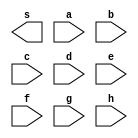
// ------------------------- 
//	Extra 02 
// Nome: Jorge Luis dos Santos Leal 
// ------------------------- 
// -- Extra02 - com 1 byte 
// ------------------------- 
module extra02 ( output s, input a, input b, input c, input d, input e, input f, input g, input h); 
 
endmodule //  
// --------------------- 
// -- test extra02 
// --------------------- 
module testextra02; 
// ------------------------- dados locais 

reg a,b,c,d,e,f,g,h; // definir registradores 
wire s; // definir conexao (fio)
 
// ------------------------- instancia 
or OR01(s,a,b,c,d,e,f,g,h);

initial begin:start
a=1; b=0; c=0; d=0; e=0; f=0; g=0; h=0; 
end

initial begin:main

$display("Extra02 - Jorge Luis dos Santos Leal - 417466"); 
$display("Porta se sada com 1 byte - retorno 1 "); 
$display("\na b c d e f g h = s\n"); 
$monitor("%b %b %b %b %b %b %b %b = %b", a, b, c, d, e, f, g, h, s);

end 
endmodule // testextra02